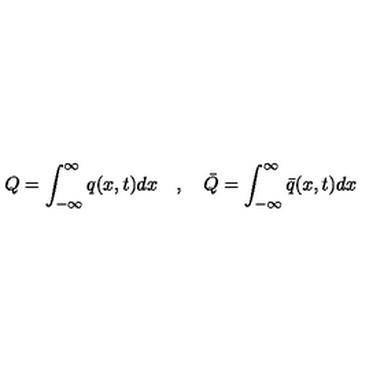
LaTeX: Q = \int _ { - \infty } ^ { \infty } q ( x , t ) d x \quad , \quad \bar { Q } = \int _ { - \infty } ^ { \infty } \bar { q } ( x , t ) d x